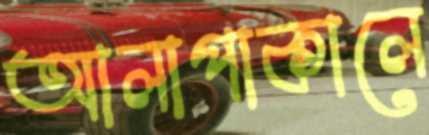
আলাপাকালে